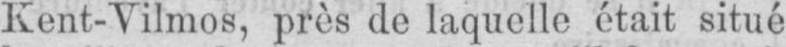
Kent-Vilmos, près de laquelle était situé